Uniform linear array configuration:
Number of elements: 16
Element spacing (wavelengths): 0.5
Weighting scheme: hamming
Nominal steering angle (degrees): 30
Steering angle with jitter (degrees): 29.28
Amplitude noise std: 0.05
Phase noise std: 0.05

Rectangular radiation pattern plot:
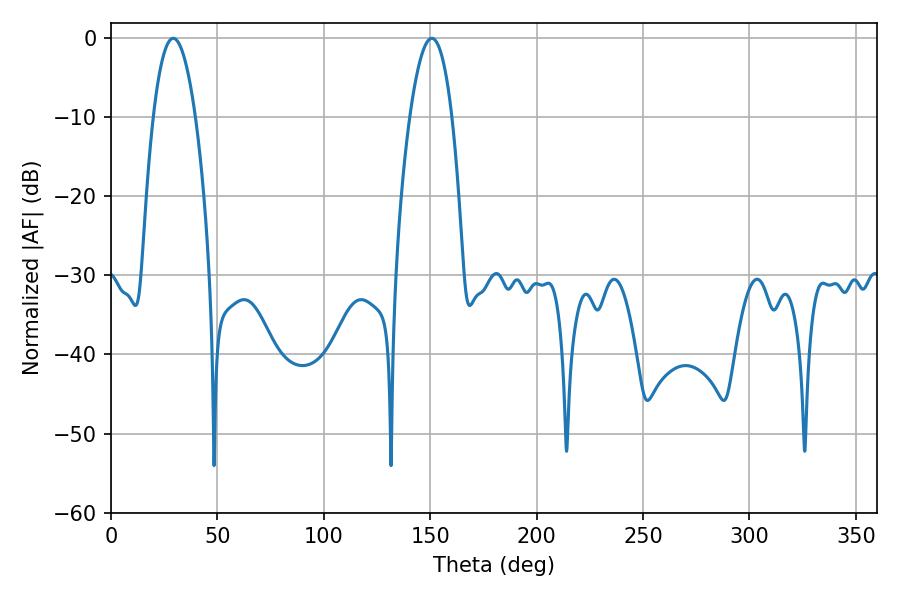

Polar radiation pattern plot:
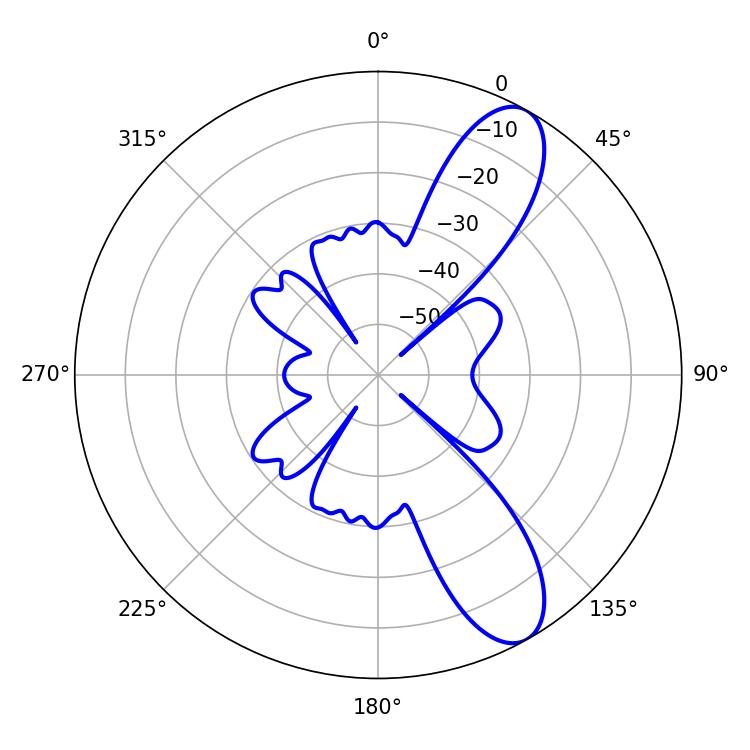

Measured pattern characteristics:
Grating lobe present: FALSE
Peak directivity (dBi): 9.985
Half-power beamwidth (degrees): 10.98
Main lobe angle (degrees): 150.66